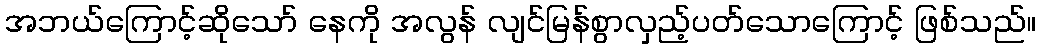
အဘယ်ကြောင့်ဆိုသော် နေကို အလွန် လျင်မြန်စွာလှည့်ပတ်သောကြောင့် ဖြစ်သည်။